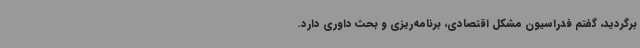
برگردید، گفتم فدراسیون مشکل اقتصادی، برنامه‌ریزی و بحث داوری دارد.